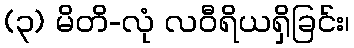
(၃) မိတိ-လုံ လဝီရိယရှိခြင်း၊